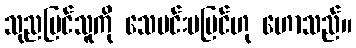
သုညမြင်သူကို သေမင်းမမြင်ဟု ဟောသည်။